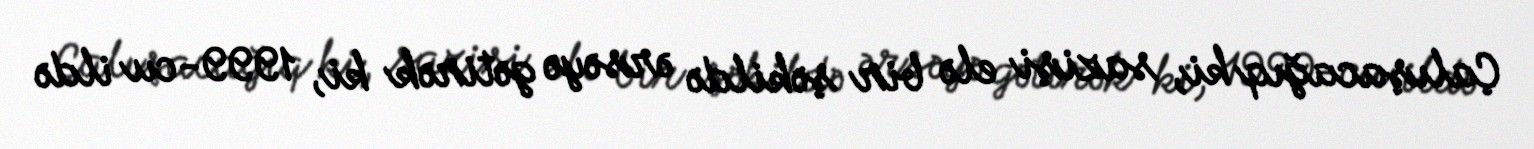
Çalışacağıq ki, sazişi elə bir şəkildə ərsəyə gətirək ki, 1999-cu ildə